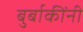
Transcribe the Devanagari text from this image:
बुर्बाकींनी